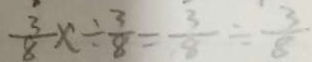
\frac { 3 } { 8 } x \div \frac { 3 } { 8 } = \frac { 3 } { 8 } \div \frac { 3 } { 8 }